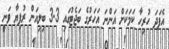
އެފަދަ ހުރިހާ ކަމަކަށް އަންނަ އަހަރުގެ ބަޖެޓުގައި 3.3 ބިލިއަން ރުފިޔާ ވަނީ